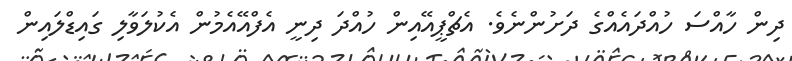
ދިން ހާއްސަ ހުއްދައެއްގެ ދަށުންނެވެ. އެޗްޕީއޭއިން ހުއްދަ ދިނީ އެފްއޭއެމުން އެކުލަވާލި ގައިޑްލައިން